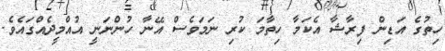
ހިތުގެ އަޑިން ފިރާޝާ އެކަމާ ހިތާމަ ކުރި ނަމަވެސް އޭނާ ހުންނަނީ އުއްމީދެއްގައެވެ.